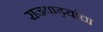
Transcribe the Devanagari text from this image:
राजवाड्यांचा